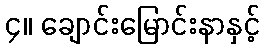
၄။ ချောင်းမြောင်းနာနှင့်